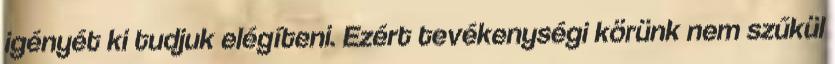
igényét ki tudjuk elégíteni. Ezért tevékenységi körünk nem szűkül